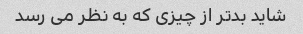
شاید بدتر از چیزی که به نظر می رسد